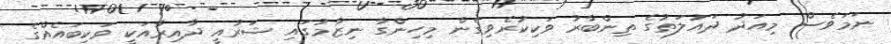
ނަމަވެސް މިއަދު ދައުލަތުގެ ތިންބާރު ވަކިކުރެވިގެން މިހިންގާ ނިޒާމުގައި ޝަރުއީ ދާއިރާއަކީ ވަކިބައެއްގެ